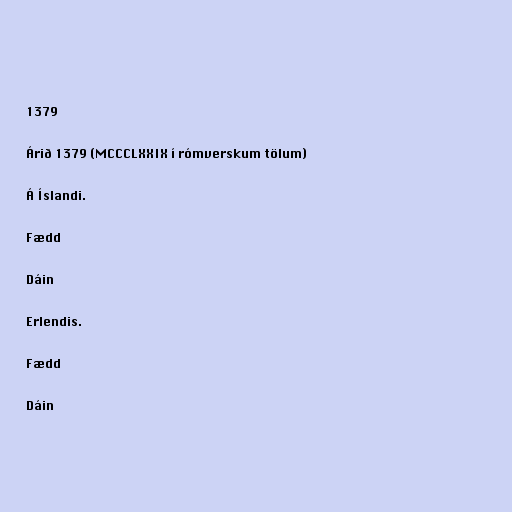
1379

Árið 1379 (MCCCLXXIX í rómverskum tölum)

Á Íslandi.

Fædd

Dáin

Erlendis.

Fædd

Dáin